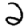
Digit: 2